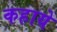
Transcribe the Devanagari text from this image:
कहाये